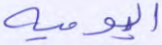
اليومية